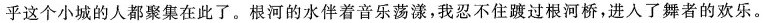
乎这个小城的人都聚集在此了。根河的水伴着音乐荡漾，我忍不住踱过根河桥，进入了舞者的欢乐。